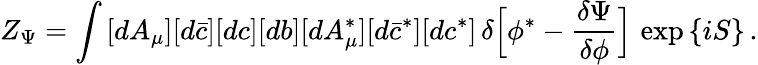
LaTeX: Z_{\Psi}=\int\, [dA_{\mu}][d\bar{c}][dc][db][dA_{\mu}^{\ast}][d\bar{c}^{\ast}][dc^{\ast}]\, \delta\Bigl[\phi^{\ast}-\frac{\delta\Psi}{\delta\phi}\Bigr]\, \exp\, \{ iS\} \, .